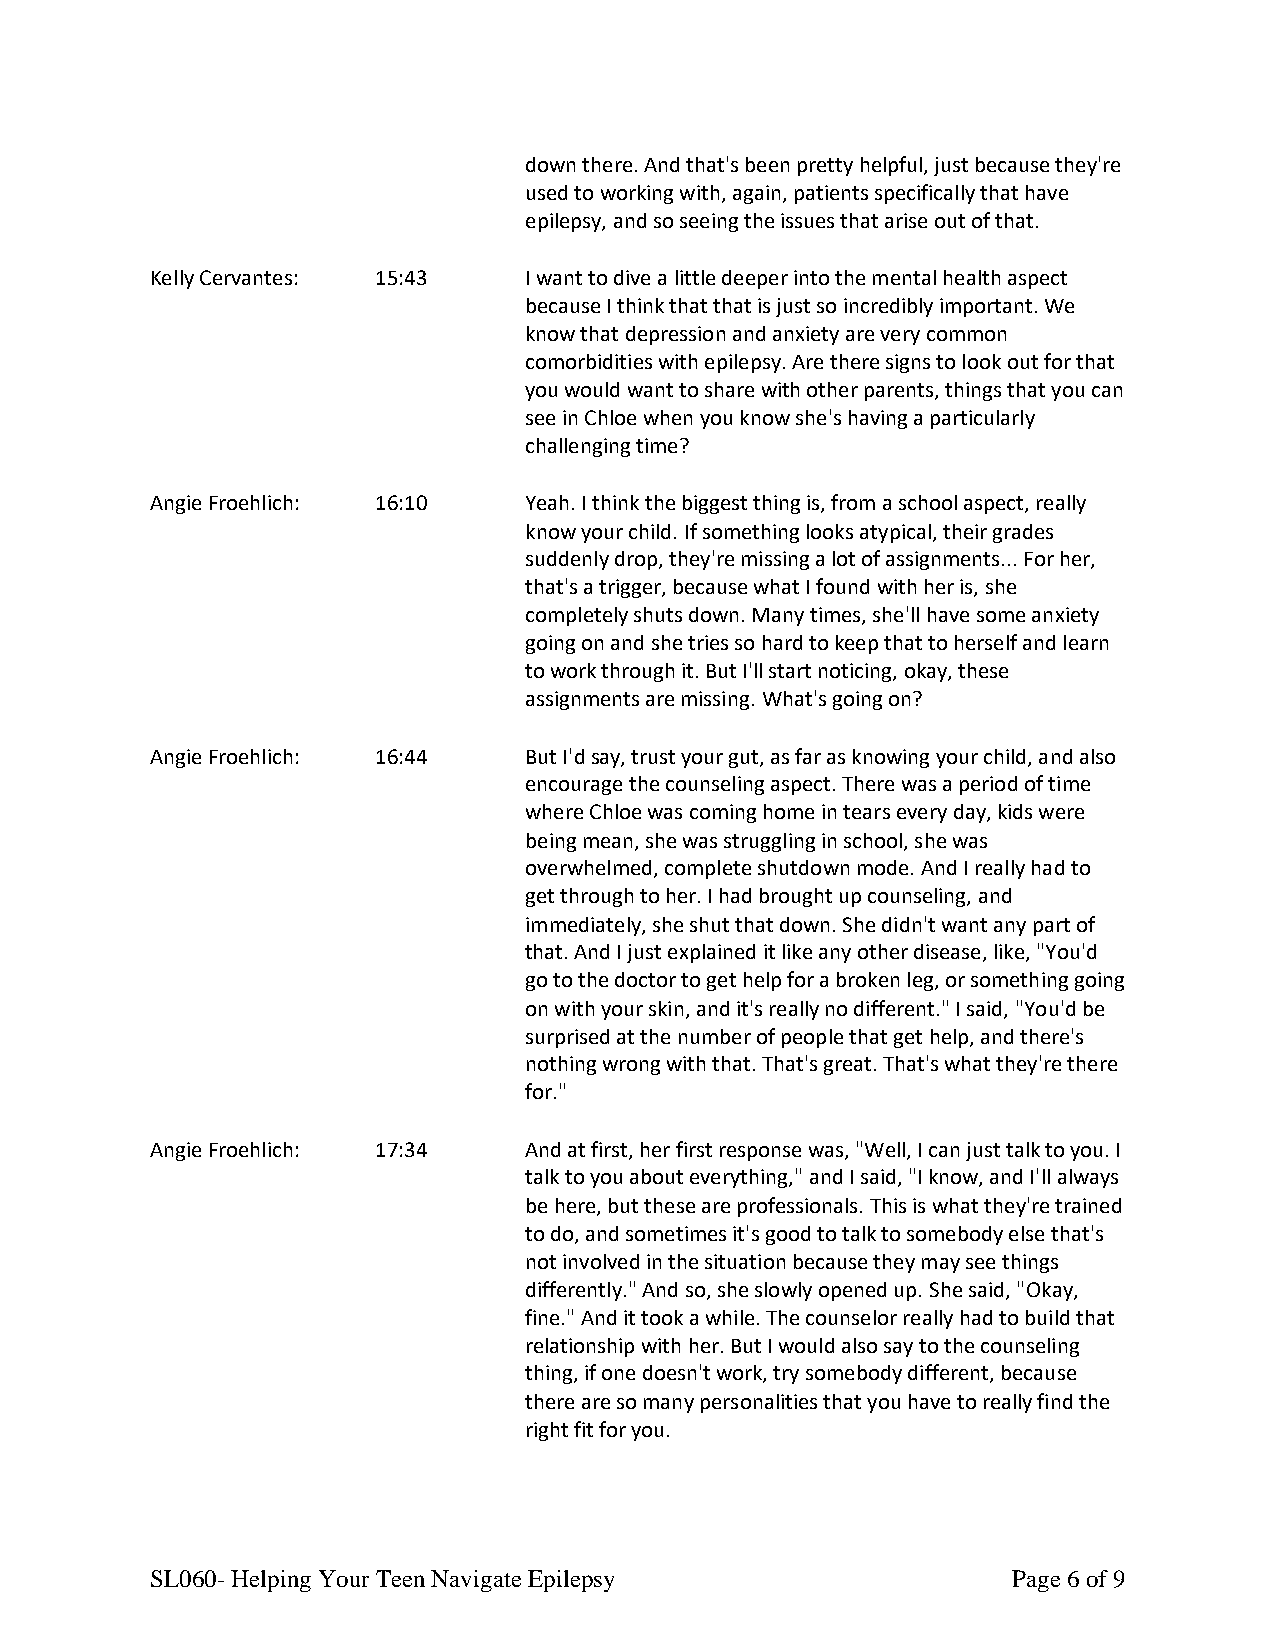
down there. And that's been pretty helpful, just because they're
 used to working with, again, patients specifically that have
 epilepsy, and so seeing the issues that arise out of that.
 Kelly Cervantes: 15:43   I want to dive a little deeper into the mental health aspect
 because I think that that is just so incredibly important. We
 know that depression and anxiety are very common
 comorbidities with epilepsy. Are there signs to look out for that
 you would want to share with other parents, things that you can
 see in Chloe when you know she's having a particularly
 challenging time?
 Angie Froehlich: 16:10   Yeah. I think the biggest thing is, from a school aspect, really
 know your child. If something looks atypical, their grades
 suddenly drop, they're missing a lot of assignments... For her,
 that's a trigger, because what I found with her is, she
 completely shuts down. Many times, she'll have some anxiety
 going on and she tries so hard to keep that to herself and learn
 to work through it. But I'll start noticing, okay, these
 assignments are missing. What's going on?
 Angie Froehlich: 16:44   But I'd say, trust your gut, as far as knowing your child, and also
 encourage the counseling aspect. There was a period of time
 where Chloe was coming home in tears every day, kids were
 being mean, she was struggling in school, she was
 overwhelmed, complete shutdown mode. And I really had to
 get through to her. I had brought up counseling, and
 immediately, she shut that down. She didn't want any part of
 that. And I just explained it like any other disease, like, "You'd
 go to the doctor to get help for a broken leg, or something going
 on with your skin, and it's really no different." I said, "You'd be
 surprised at the number of people that get help, and there's
 nothing wrong with that. That's great. That's what they're there
 for."
 Angie Froehlich: 17:34   And at first, her first response was, "Well, I can just talk to you. I
 talk to you about everything," and I said, "I know, and I'll always
 be here, but these are professionals. This is what they're trained
 to do, and sometimes it's good to talk to somebody else that's
 not involved in the situation because they may see things
 differently." And so, she slowly opened up. She said, "Okay,
 fine." And it took a while. The counselor really had to build that
 relationship with her. But I would also say to the counseling
 thing, if one doesn't work, try somebody different, because
 there are so many personalities that you have to really find the
 right fit for you.
 SL060- Helping Your Teen Navigate Epilepsy               Page 6 of 9